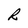
Character: R